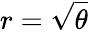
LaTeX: r=\sqrt{\theta}